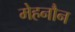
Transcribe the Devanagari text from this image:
मेहनौन